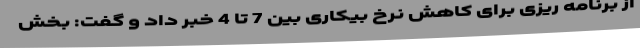
از برنامه ریزی برای کاهش نرخ بیکاری بین 7 تا 4 خبر داد و گفت: بخش